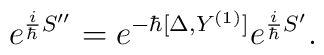
e^{{i\over\hbar}S^{\prime\prime}}=e^{-\hbar[\Delta,Y^{(1)}]}e^{{i\over\hbar}S^\prime}.